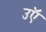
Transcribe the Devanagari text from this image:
उऍ